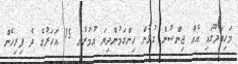
މަހިބަދޫގައި އެއް ޖިންސުން ގުޅުން ހިންގަމުންދިޔަ އުމުރުން 15 އަހަރުގެ ދެ ފިރިހެން